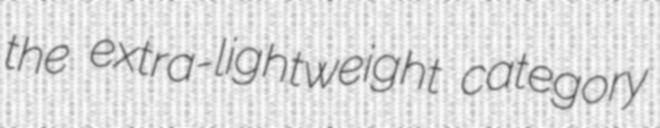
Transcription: the extra-lightweight category